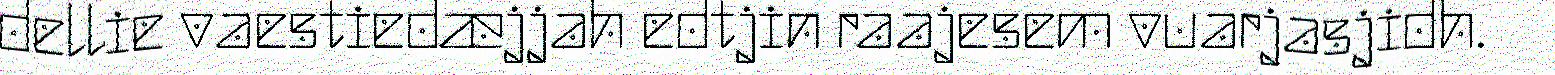
dellie vaestiedæjjah edtjin raajesem vuarjasjidh.